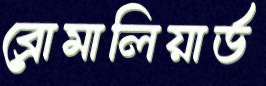
ব্রোমালিয়ার্ড